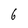
Character: 6